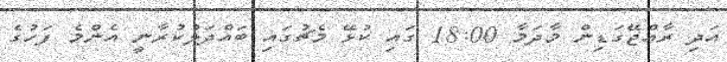
އަދި ރާއްޖޭގަޑިން މާދަމާ 18:00 ގައި ކުޅޭ މެޗުގައި ބައްދަލުކުރާނީ އެންމެ ފަހުގެ